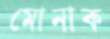
মোনাক